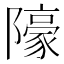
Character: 䧫